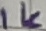
Text: 1K